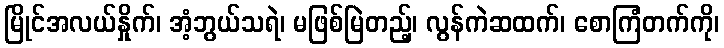
မြိုင်အလယ်နှိုက်၊ အံ့ဘွယ်သရဲ၊ မဖြစ်မြဲတည့်၊ လွန်ကဲဆထက်၊ စောကြံတက်ကို၊